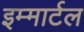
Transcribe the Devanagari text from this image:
इम्मार्टल